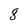
Character: 8